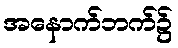
အနောက်ဘက်၌